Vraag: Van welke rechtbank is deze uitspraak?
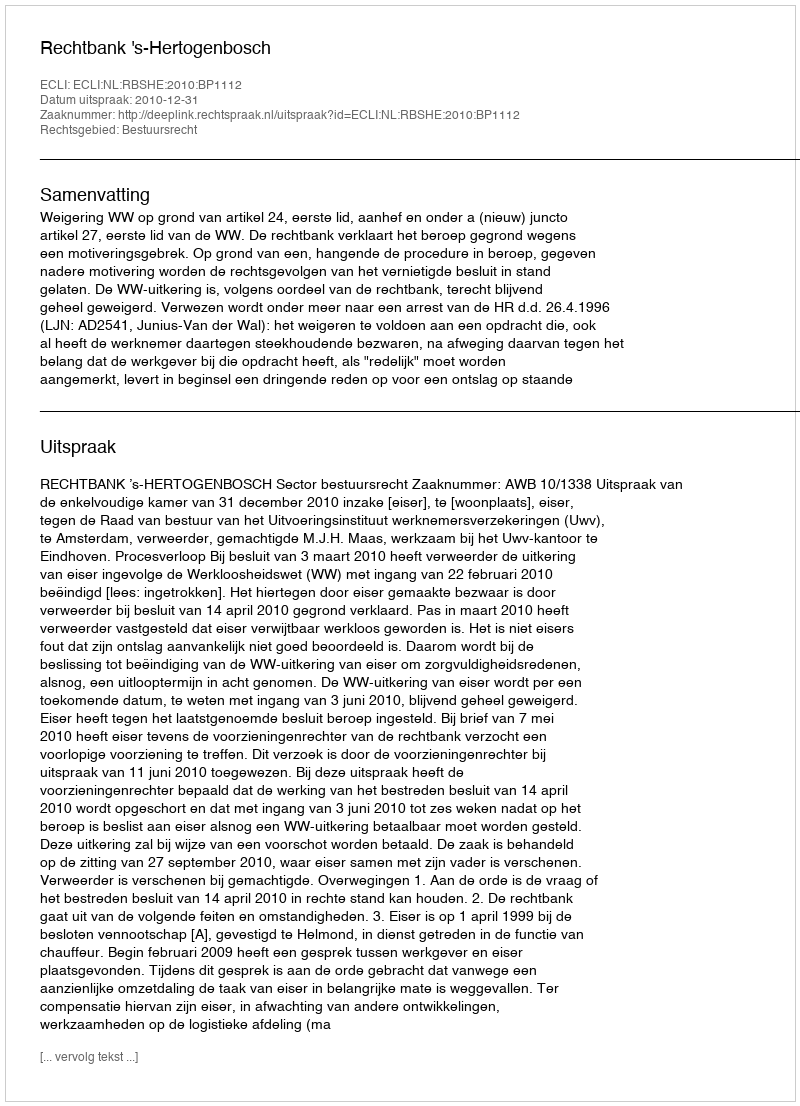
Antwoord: Rechtbank 's-Hertogenbosch